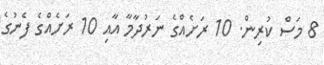
8 މަސް ކުރިން. 10 ރަށެއްގެ ނަރުދާމާ އާއި 10 ރަށެއްގެ ފެނުގެ